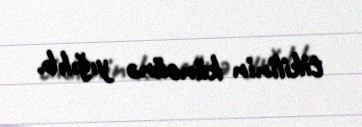
tikilinin küncünə yığılıb.